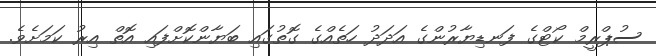
ސުޕްރީމް ކޯޓްގެ ފަނޑިޔާރުންގެ އަދަދު ހަތެއްގެ ގޮތުގައި ބަޔާންކޮށްފައި އޮތް އިރު ކަމަށެވެ.